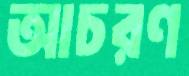
আচরণ